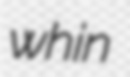
whin